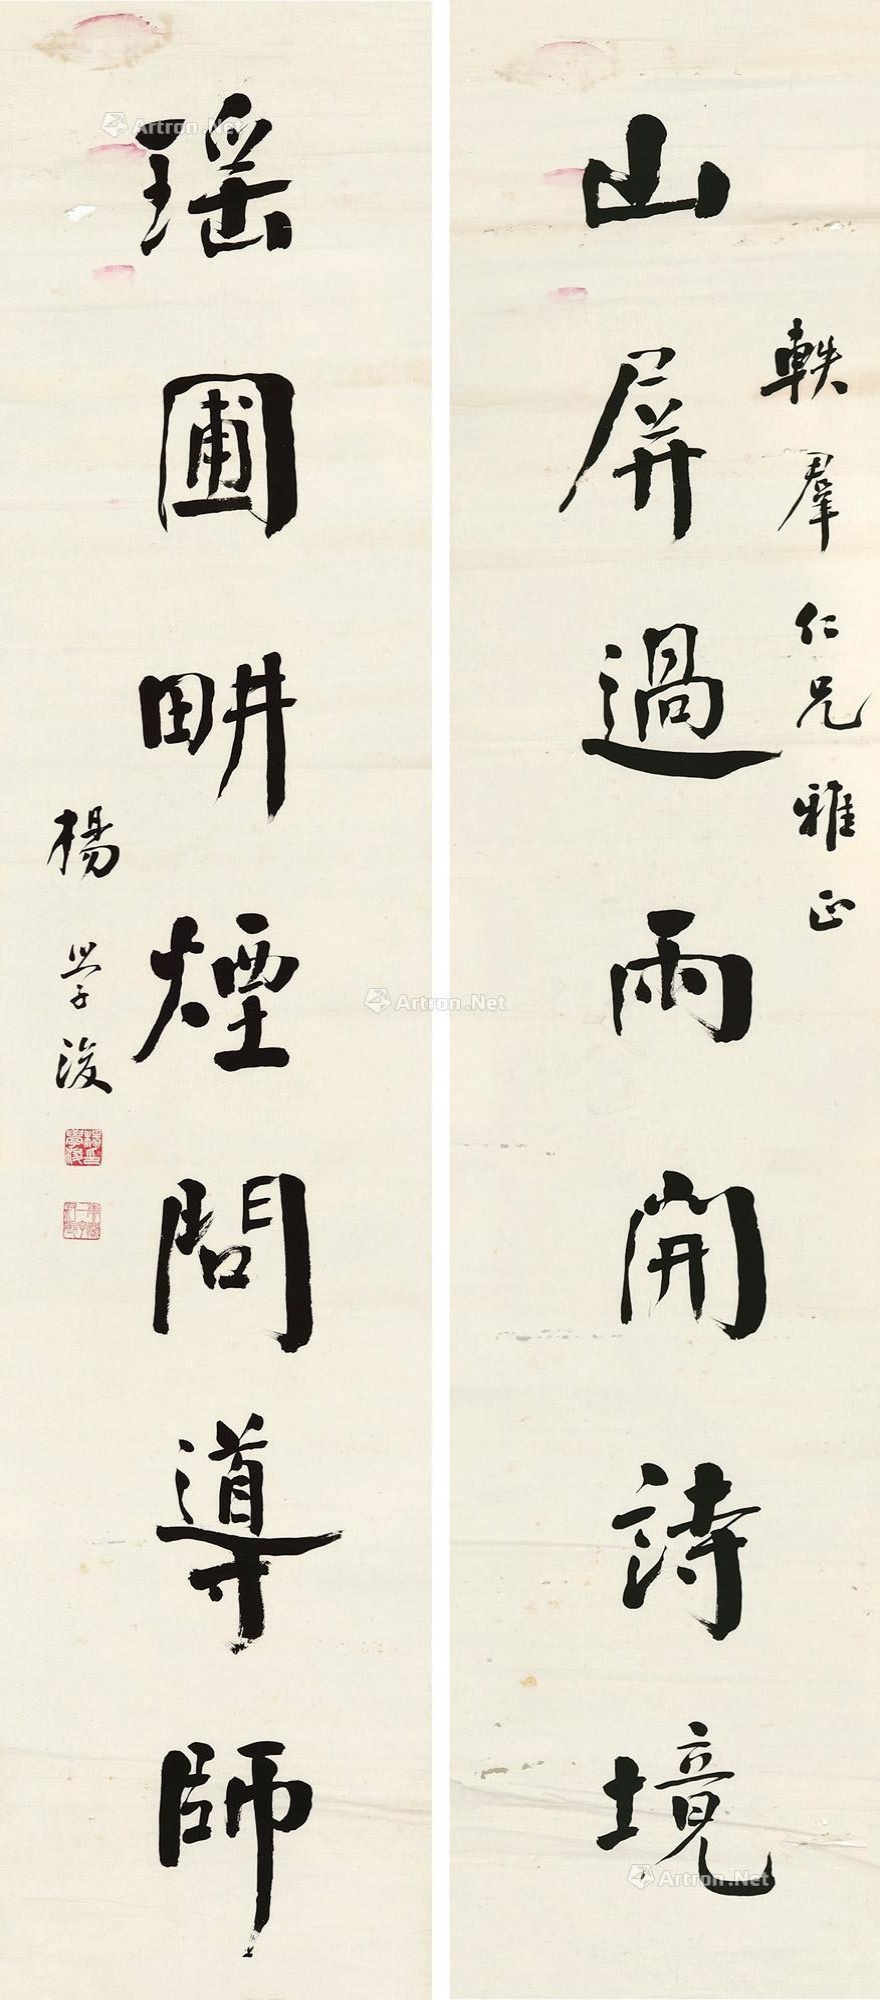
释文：山屏过雨开诗境，瑶圃畊烟问导师。轶群仁兄雅正。杨学浚。